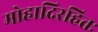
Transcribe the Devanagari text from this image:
मोहादिरहितः